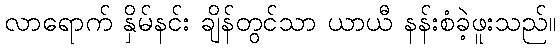
လာရောက် နှိမ်နင်း ချိန်တွင်သာ ယာယီ နန်းစံခဲ့ဖူးသည်။